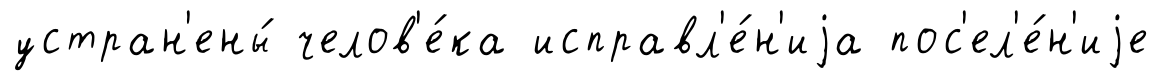
устран'ены́ челов'е́ка исправл'е́н'иjа пос'ел'е́н'иjе